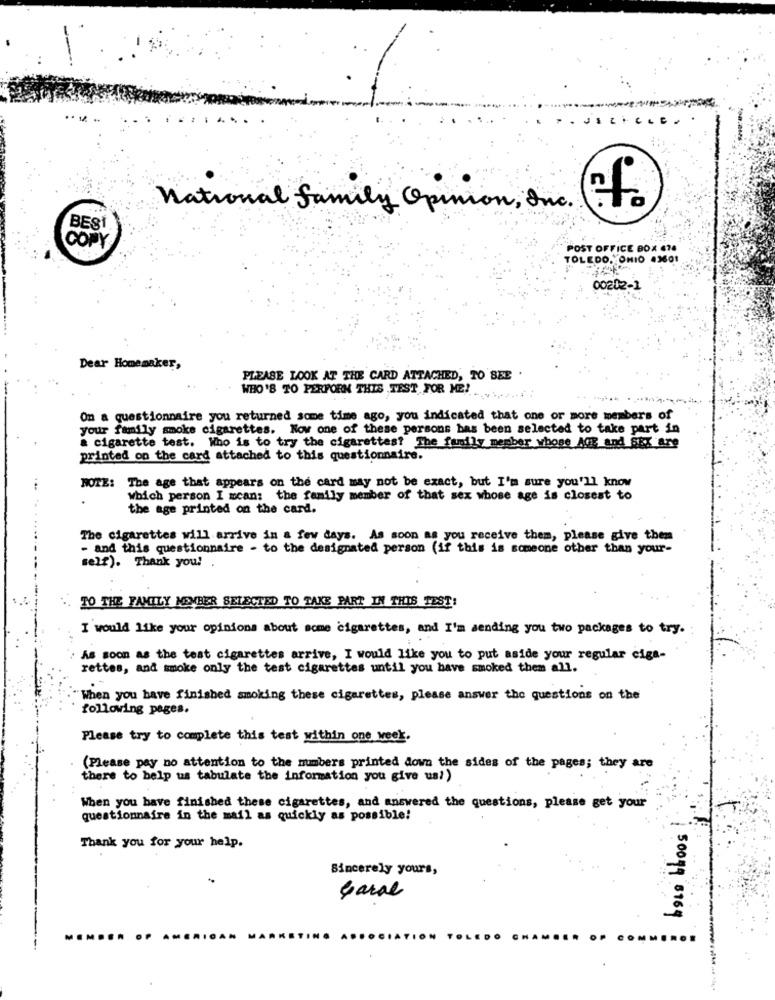
national family Opinion, Inc.
BESİ
COPY
POST OFFICE BOX 678
TOLEDO, OHIO 436
00202-1
Dear Homemaker,
PLEASE LOOK AT THE CARD ATTACHED, TO SEE
WHO'S TO PERFORM THIS TEST FOR ME!
On a questionnaire you returned some time ago, you indicated that one or more members of
your family smoke cigarettes. Now one of these persons bas been selected to take part in
a cigarette test. Who is to try the cigarettes? The fully member whose AGE and SEX are
printed on the card attached to this questionnaire.
NOTE: The age that appears on the card may not be exact, but I'm sure you'll know
which person I mean: the family member of that sex whose age is closest to
the age printed on the card.
The cigarettes will arrive in a few days. As soon as you receive them, please give them
- and this questionnaire - to the designated person (if this is someone other than your-
self). Thank you!
TO THE FAMILY MEMBER SELECTED TO TAKE PART IN THIS TEST:
I would like your opinions about some cigarettes, and I'm sending you two packages to try.
As soon as the test cigarettes arrive, I would like you to put aside your regular eiga-
rettes, and smoke only the test cigarettes until you have smoked them all.
When you have finished smoking these cigarettes, please answer the questions on the
following pages.
Please try to complete this test within one week.
(Please pay no attention to the mumbers printed down the sides of the pages; they are
there to help us tabulate the information you give us!)
When you have finished these cigarettes, and answered the questions, please get your
questionnaire in the mail as quickly as possible!
Thank you for your help.
Sincerely yours,
Garal
1 50049 8764